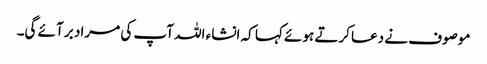
موصوف نے دعا کرتے ہوئے کہا کہ انشاء اللہ آپ کی مراد بر آئے گی۔